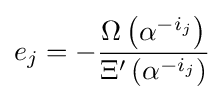
e_{j}=-{\frac {\Omega \left(\alpha ^{-i_{j}}\right)}{\Xi '\left(\alpha ^{-i_{j}}\right)}}